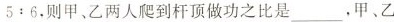
5:6，则甲、乙两人爬到杆顶做功之比是___，甲、乙